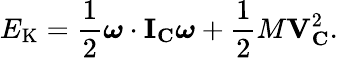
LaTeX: E_{\mathrm{K}}={\frac{1}{2}}{\boldsymbol{\omega}}\cdot\mathbf{I}_{\mathbf{C}}{\boldsymbol{\omega}}+{\frac{1}{2}}M\mathbf{V}_{\mathbf{C}}^{2}.